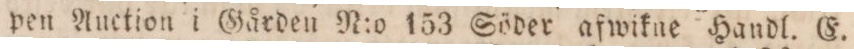
pen Auction i Gården N:o 153 Söder afwikne Handl. E.